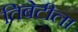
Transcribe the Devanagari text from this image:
तिबेटीला